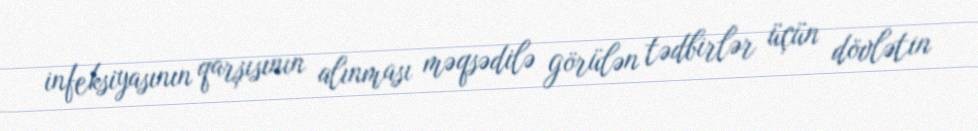
infeksiyasının qarşısının alınması məqsədilə görülən tədbirlər üçün dövlətin